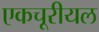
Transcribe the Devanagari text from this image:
एकचूरीयल